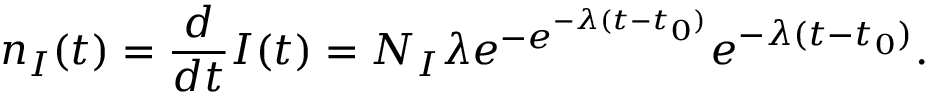
n _ { I } ( t ) = \frac { d } { d t } I ( t ) = N _ { I } \lambda e ^ { - e ^ { - \lambda ( t - t _ { 0 } ) } } e ^ { - \lambda ( t - t _ { 0 } ) } .